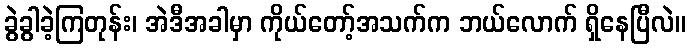
ခွဲခွါခဲ့ကြတုန်း၊ အဲဒီအခါမှာ ကိုယ်တော့်အသက်က ဘယ်လောက် ရှိနေပြီလဲ။